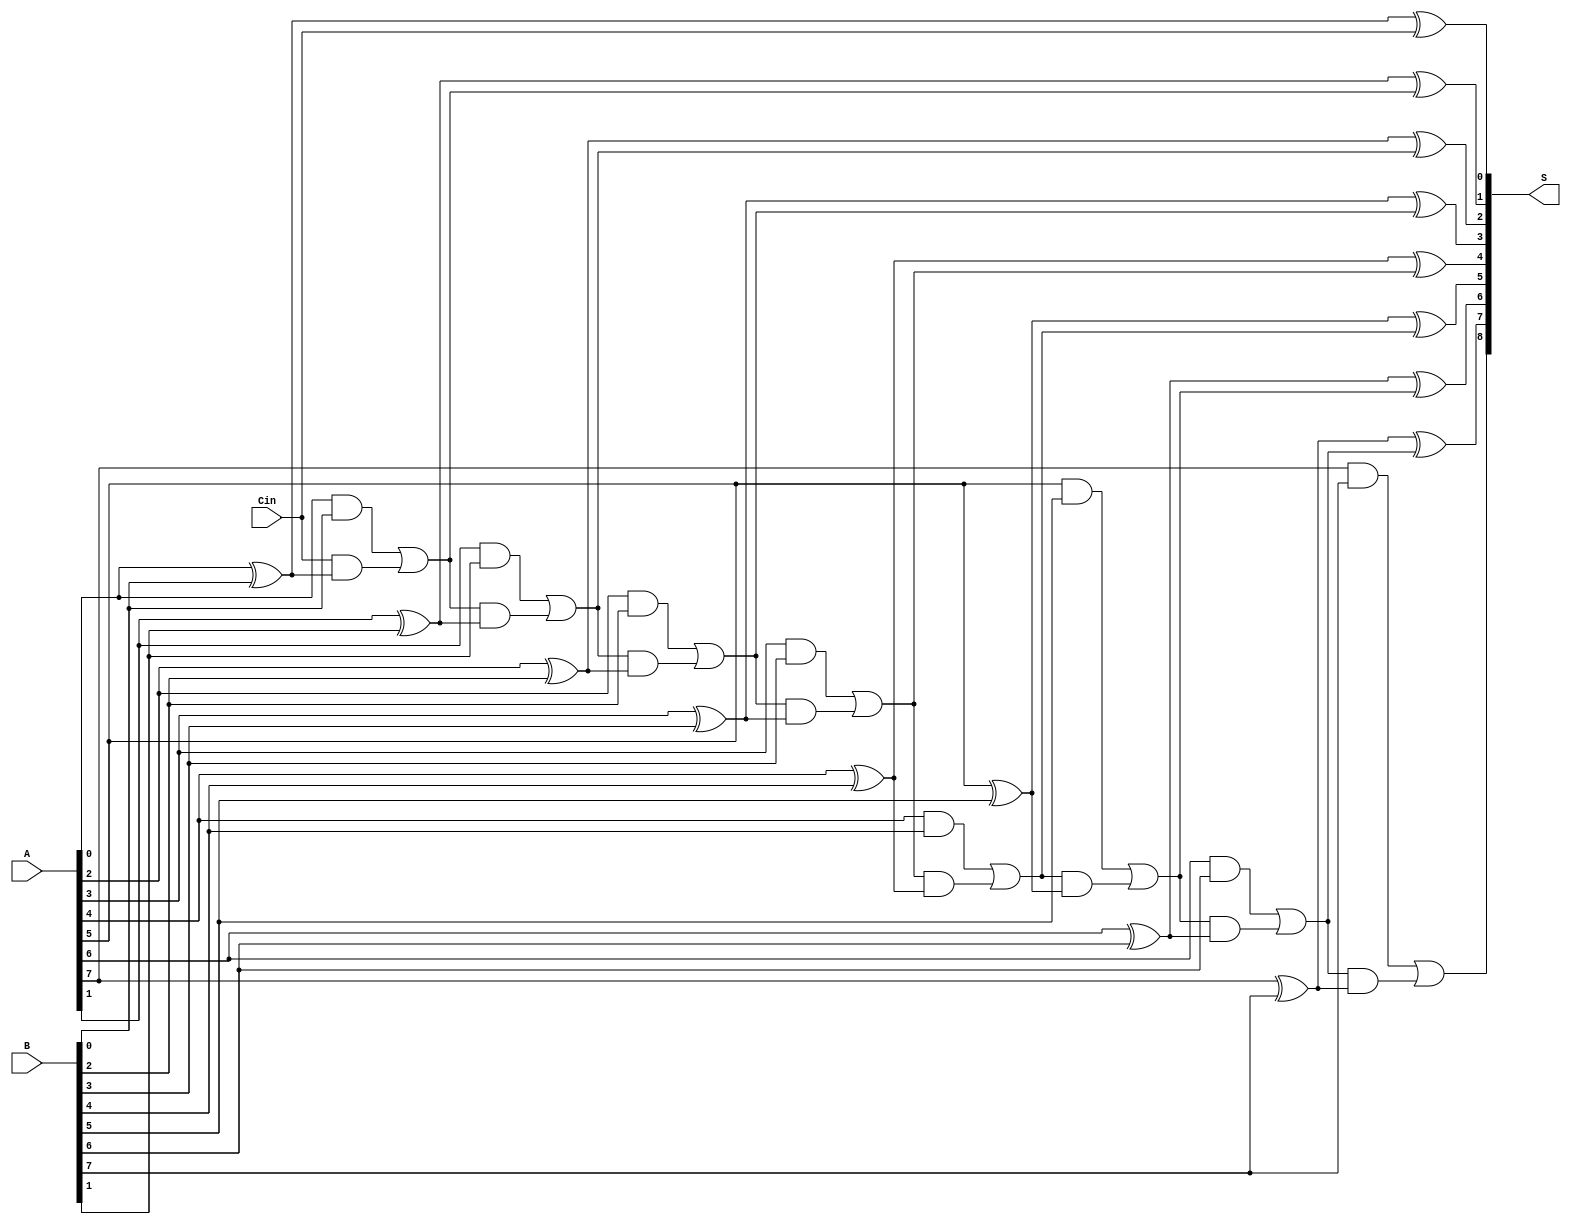
module PrecomputationCarryAdder #(parameter N = 8) (
    input  wire [N-1:0] A,      // N-bit input A
    input  wire [N-1:0] B,      // N-bit input B
    input  wire Cin,             // Carry input
    output wire [N:0] S         // (N+1)-bit output Sum
);

    wire [N:0] carry;           // Carry signals
    wire [N-1:0] sum;           // Intermediate sum signals

    // Precompute carry values
    assign carry[0] = Cin; // Initial carry input

    genvar i;
    generate
        for (i = 0; i < N; i = i + 1) begin : carry_gen
            // Carry generation logic
            assign carry[i + 1] = (A[i] & B[i]) | (carry[i] & (A[i] ^ B[i]));
            // Sum calculation
            assign sum[i] = A[i] ^ B[i] ^ carry[i];
        end
    endgenerate

    // Final output: Concatenate sum and carry out
    assign S = {carry[N], sum};

endmodule